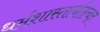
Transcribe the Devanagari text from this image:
धर्मशास्तार्थतत्वज्ञ